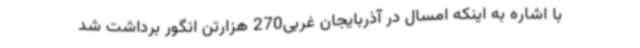
با اشاره به اینکه امسال در آذربایجان غربی270 هزارتن انگور برداشت شد